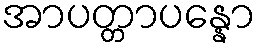
အာပတ္တာပန္နော